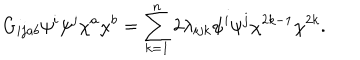
G _ { i j a b } \psi ^ { i } \psi ^ { j } \chi ^ { a } \chi ^ { b } = \sum _ { k = 1 } ^ { n } 2 \lambda _ { i j k } \psi ^ { i } \psi ^ { j } \chi ^ { 2 k - 1 } \chi ^ { 2 k } .